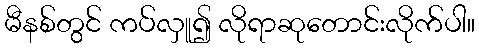
မီနစ်တွင် ကပ်လှူ၍ လိုရာဆုတောင်းလိုက်ပါ။